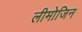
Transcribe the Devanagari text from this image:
लीमोजिन